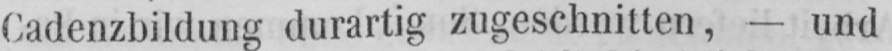
Cadenzbildung durartig zugeschnitten, - und